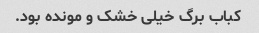
کباب برگ خیلی خشک و مونده بود.